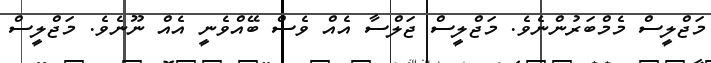
މަޖްލީސް މެމްބަރުންނެެވެ. މަޖްލީސް ޖަލްސާ އެއް ވެސް ބޭއްވެނީ އެއް ނޫނެވެ. މަޖްލީސް